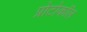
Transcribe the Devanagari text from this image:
प्रोटोकाॅल